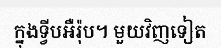
ក្នុងទ្វីបអឺរ៉ុប។ មួយវិញទៀត